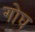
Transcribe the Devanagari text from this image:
गोघ